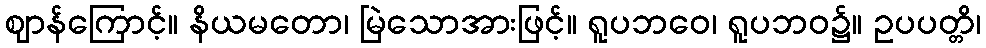
ဈာန်ကြောင့်။ နိယမတော၊ မြဲသောအားဖြင့်။ ရူပဘဝေ၊ ရူပဘဝ၌။ ဥပပတ္တိ၊